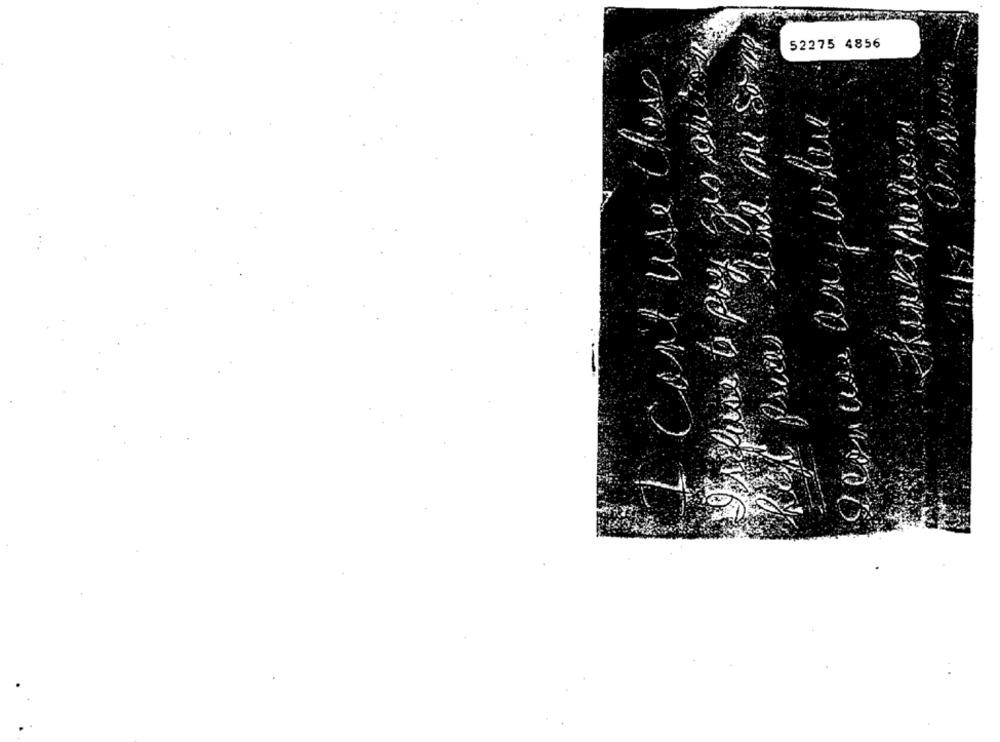
52275 4856
Cart use
7